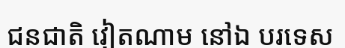
ជនជាតិ វៀតណាម នៅឯ បរទេស